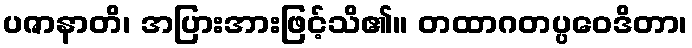
ပဇာနာတိ၊ အပြားအားဖြင့်သိ၏။ တထာဂတပ္ပဝေဒိတာ၊